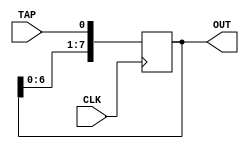
`timescale 1ns / 1ps
//////////////////////////////////////////////////////////////////////////////////
// Company: 
// Engineer: 
// 
// Design Name: 
// Module Name: Shift_reg
// Project Name: 
// Target Devices: 
// Tool Versions: 
// Description: 
// 
// Dependencies: 
// 
// Revision:
// Revision 0.01 - File Created
// Additional Comments:
// 
//////////////////////////////////////////////////////////////////////////////////


module Shift_reg(
    CLK,    // Clock Signal
    TAP,    // Input value to LFSR
    OUT     // Current state of LFSR
    );
    
    // Make the length of the LFSR variable by making it a parameter.
    parameter REG_WIDTH = 8;
    
    input CLK;
    input TAP;
    // Output value length will be the input parameter.
    output [REG_WIDTH-1:0] OUT; 
    
    // Define register to hold current value of the LFSR.
    reg [REG_WIDTH-1:0] DTypes;
    
    // Define Synchronous logic to shift the LFSR with the input tap value
    always@(posedge CLK) begin
        DTypes <= {DTypes[REG_WIDTH-2:0], TAP};
    end
    
    // Use a continuous assignment to link the output to the current value of the LFSR.
    assign OUT = DTypes;
    
endmodule